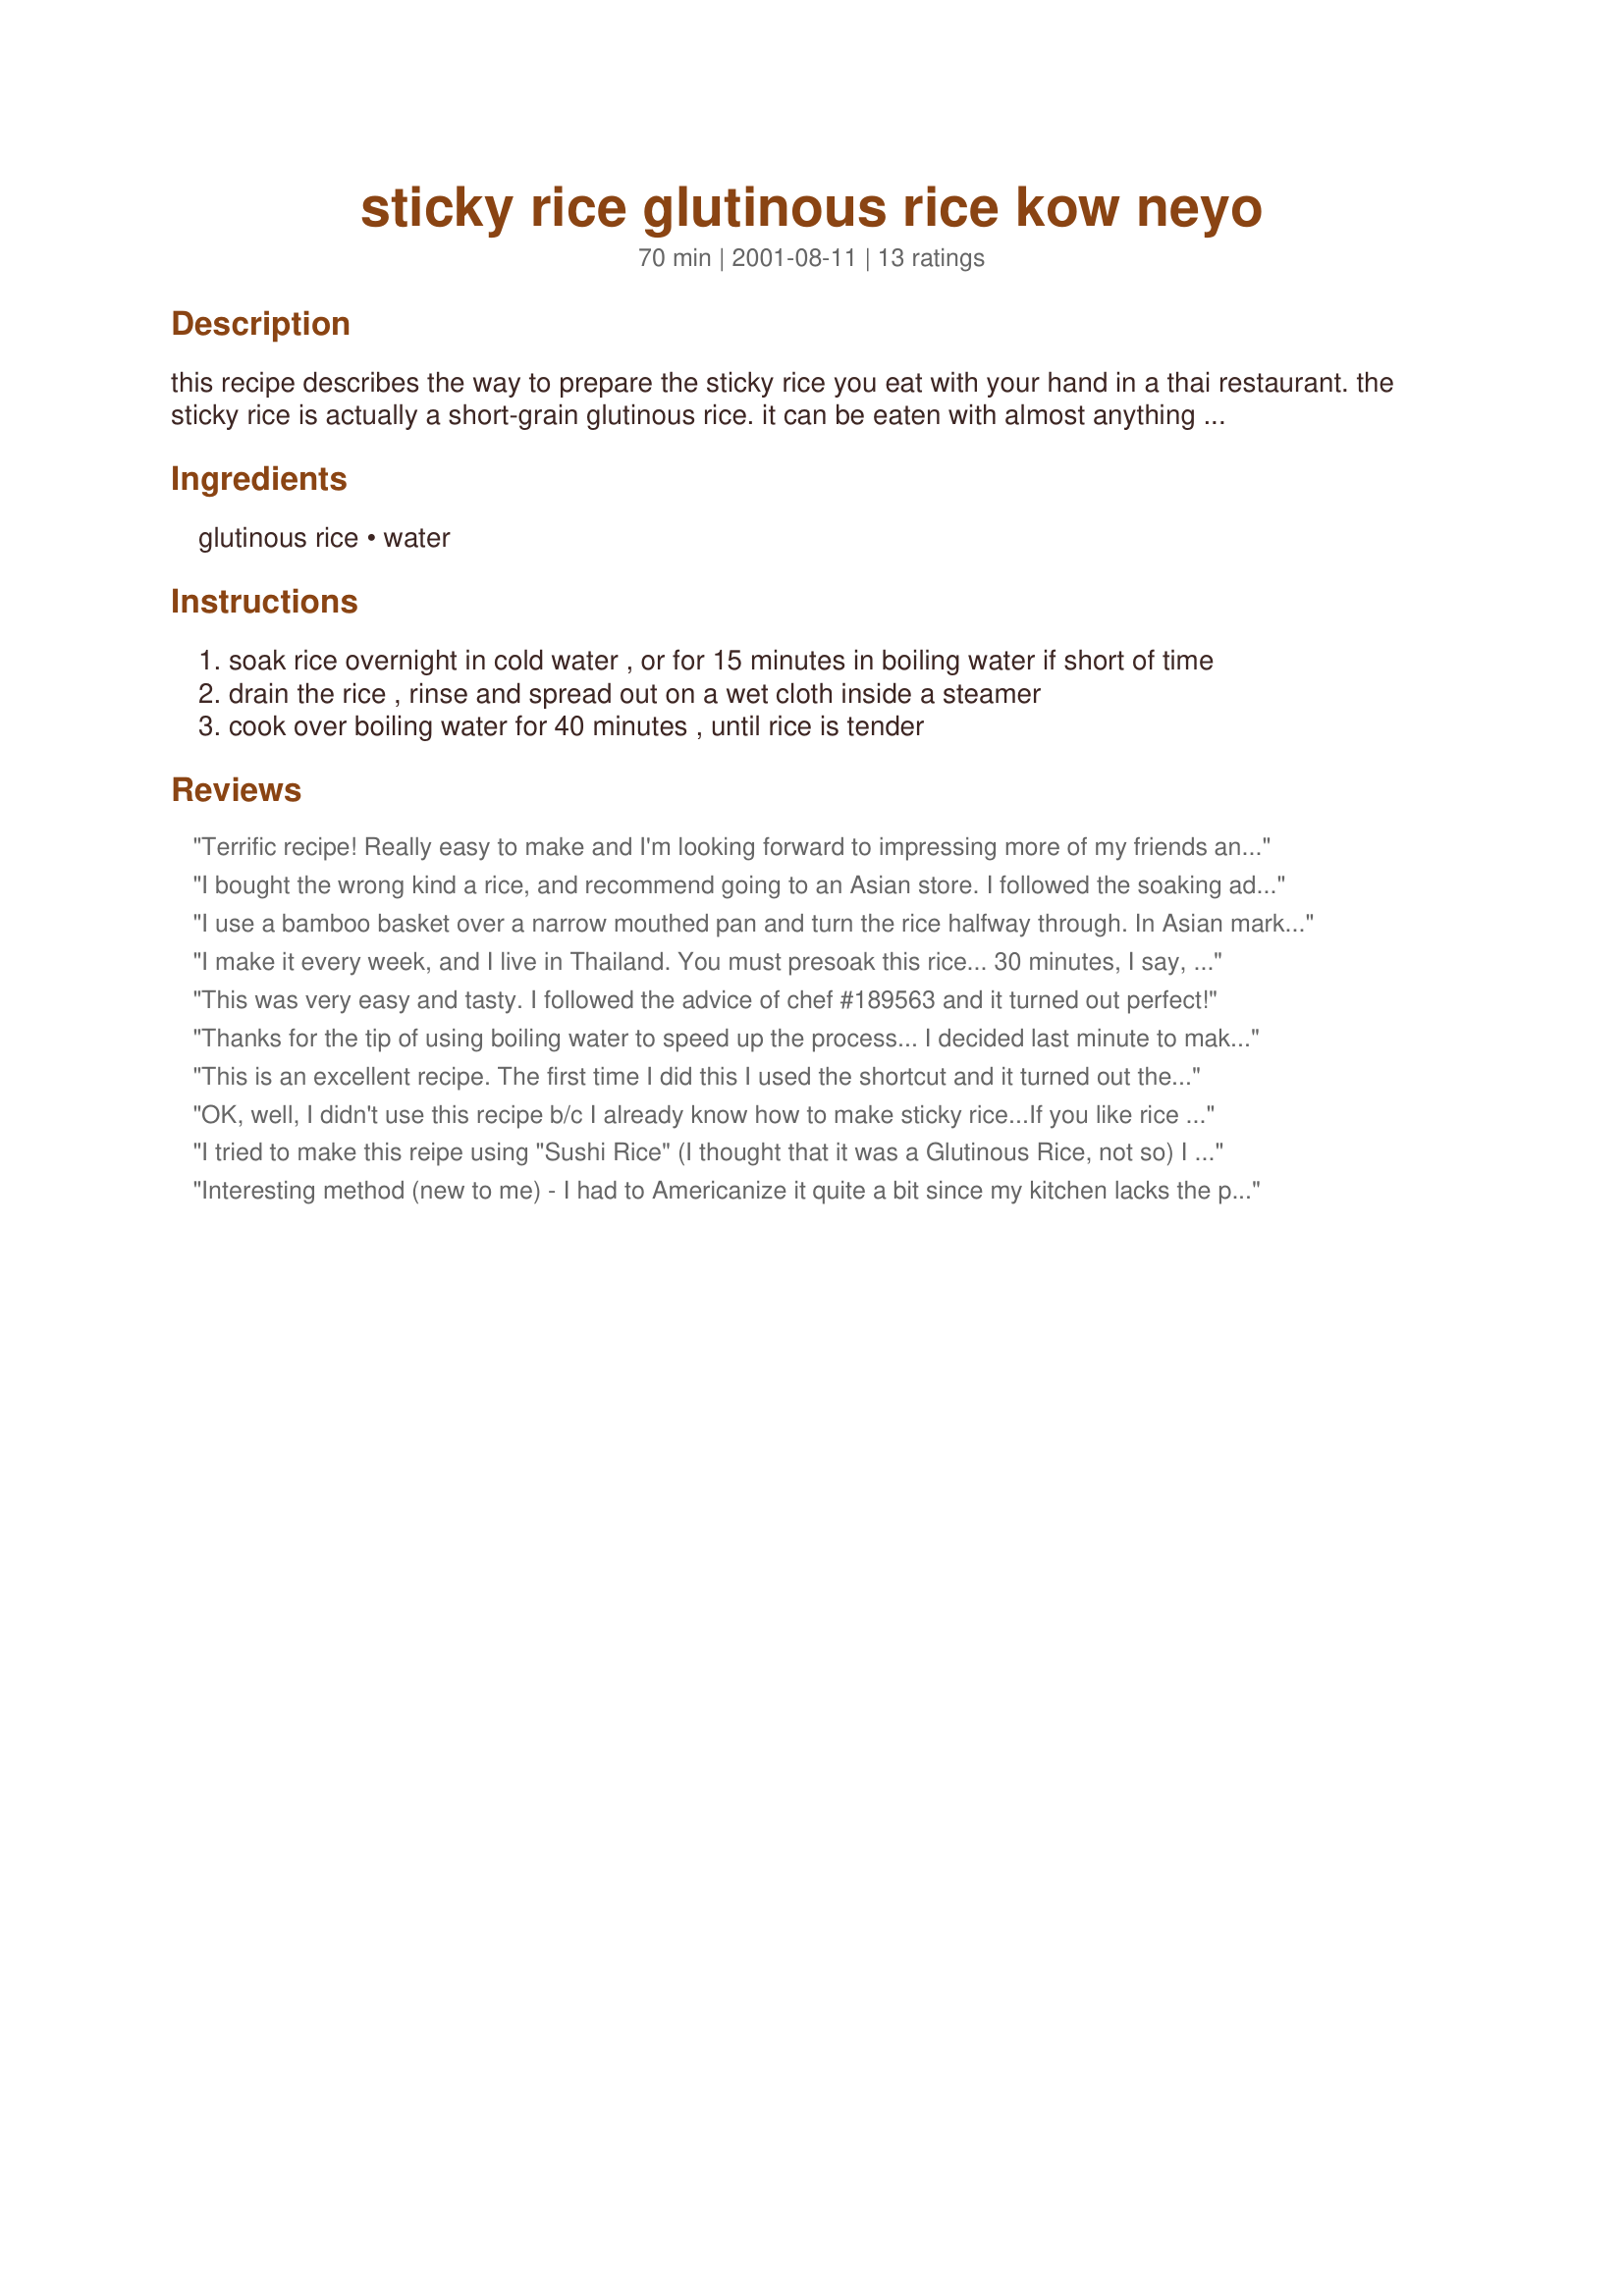
sticky rice glutinous rice kow neyo
Preparation time: 70 minutes

this recipe describes the way to prepare the sticky rice you eat with your hand in a thai restaurant. the sticky rice is actually a short-grain glutinous rice. it can be eaten with almost anything from eggs, meat, vegetables to soup. the thais also used it in desserts and cakes.

Ingredients:
glutinous rice, water

Steps:
soak rice overnight in cold water , or for 15 minutes in boiling water if short of time
drain the rice , rinse and spread out on a wet cloth inside a steamer
cook over boiling water for 40 minutes , until rice is tender

Reviews:
Terrific recipe! Really easy to make and I'm looking forward to impressing more of my friends and colleagues. Thanks for posting. It's a definite keeper.
I bought the wrong kind a rice, and recommend going to an Asian store. I followed the soaking advice from others which was helpful. I got a steam burn and the pan w/ boiling water got seared burnt, because I didn't watch the water well enough. This was my first steam burn, and I have ice on it (over an hour later) ouch! Use a rice cooker or something and be sure not to get a steam burn when checking its doneness. Thanks for this recipe.
I use a bamboo basket over a narrow mouthed pan and turn the rice halfway through.
In Asian markets you can find this rice, it is sometimes called Sweet Rice and is very short grained. When my daughter was a toddler she would wander around the house will a ball of sticky rice as a snack.
I make it every week, and I live in Thailand.

You must presoak this rice...

30 minutes, I say, in warm water.
6-8 hours in cold. (My preferred way)
I use a bamboo steamer, rice wrapped in Muslim, maybe 1-2 inches thick.
15 minutes, then turn, and give it 15 more minutes.

Remove from steamer and partly unwrap to stop the cooking. If your rice is really sticky, like pieces break off, and it feels 'pastey', it's been overcooked. Properly cooked sticky rice actually has a bit of a dry feel on the outside, while still being rolled oe squeezed in a ball easily. It should also break off into whole chunks easily, not like taffy :)
This was very easy and tasty. I followed the advice of chef #189563 and it turned out perfect!
Thanks for the tip of using boiling water to speed up the process... I decided last minute to make a sticky rice dessert using a combination of both black and white glutinous rice (gao nep than & gao nep thuong hang) which gives you a purple rice to serve the mango and strawberries over and moreover gives a great colorful presentation! Thanks, it'd been a while since I'd cooked sticky rice, your directions for this and the dessert (recipe #15584 #15584) were spot on. I used splenda for the sweetener to cut down on the sugars a little.Â 
This is an excellent recipe. The first time I did this I used the shortcut and it turned out the wrong texture (too soft). From then on I soaked overnight and the texture is perfect. Tonight I am trying Chef #189563's suggestion for soaking in warm water for 1/2 hour.
OK, well, I didn't use this recipe b/c I already know how to make sticky rice...If you like rice and like a chewy texture.....TRY this. When I had it the first time, I hadn't a clue HOW they (*a Thai restuarant in NYC) ever got the rice to stick together. I did a major internet search and found glutinous rice. Needless to say, basically any local oriental/ethnic market has it. It is VERY different and VERY good.
I tried to make this reipe using "Sushi Rice" (I thought that it was a Glutinous Rice, not so) I followed the instructions to a T. The rice was not cooked after 1 1/2 hours of steaming it was still hard & dry. I am adding these comments to caution others to make sure you are using the rigt riceGlutinous Rice which is what the recipe calls for.. Kim in no way am I slamming your recipe I am just pointing out my mistake. I will make this again with the correct rice and will then add stars and change the review
Interesting method (new to me) - I had to Americanize it quite a bit since my kitchen lacks the proper equipment for true Thai sticky rice. I did the quick soak method (abiding by another viewers suggestion to remove the boiling water from the stove). Afterwards, I placed it on some cheese cloth and then carefully transferred it to a broccoli steamer (you know, the metal ones that fold up or out). The broccoli steamer was put inside a large pan on the stove - and the rest of the directions were followed to the -t-! The end result was Recipe #15584. Yum!!!!!
This is exactly how my mother makes sticky rice. For a variation, once the rice is cooked, she slowly pours about 1/2 Cup of coconut milk over the rice right in the steamer and gently fluff the rice. I've always wondered how the coconut milk does not drip through into the water, but she insists that it all gets absorbed into the rice.
Thank you for this recipe. I was aslo confused about the quick step, I boiled it while stiring. It turned out good any ways. I will try soaking is for 15min in water that has come to a boil.
Followed the recipe, but I discovered that the shortcut in step one means that you have to bring the water to a boil, remove from heat, then soak the rice. If you boil it for 15 minutes it doesn't come out right. (My first try.)
